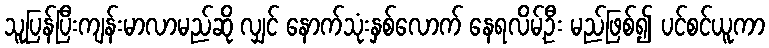
သူပြန်ပြီးကျန်းမာလာမည်ဆို လျှင် နောက်သုံးနှစ်လောက် နေရလိမ့်ဦး မည်ဖြစ်၍ ပင်စင်ယူကာ